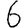
Digit: 6